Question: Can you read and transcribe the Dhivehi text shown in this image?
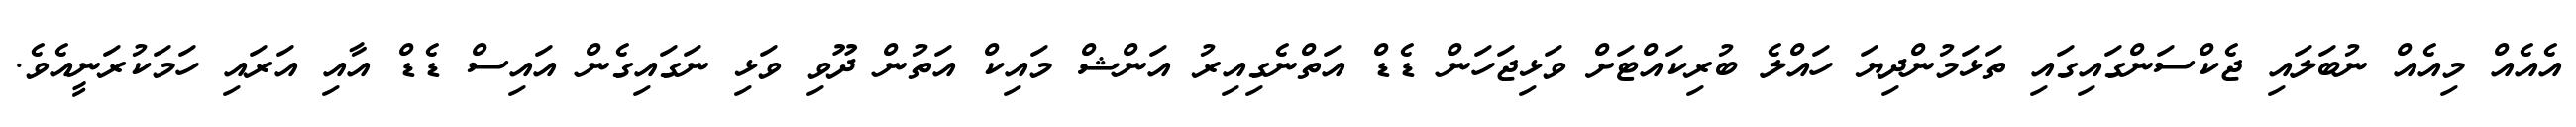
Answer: އެއެއް މިއެއް ނުބަލައި ޖެކްސަންގައިގައި ތަޅަމުންދިޔަ ހައްލެ ބުރިކައްޓަށް ވަޅިޖަހަން ޑެޑް އަތްނެގިއިރު އަންޝް މައިކް އަތުން ދޫވި ވަޅި ނަގައިގެން އައިސް ޑެޑް އާއި އަރައި ހަމަކުރަނީއެވެ.